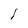
Character: l